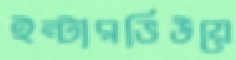
ইন্টারভিউয়ে